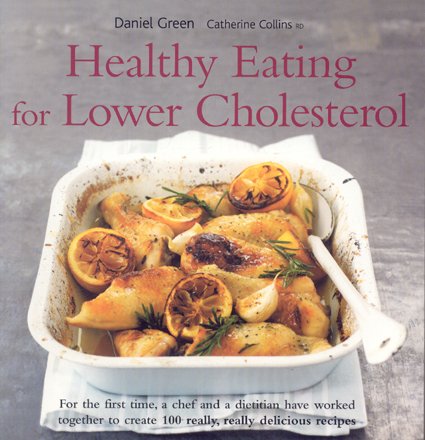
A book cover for Healthy Eating for Lower Cholesterol; Daniel Green; Cookbooks, Food & Wine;